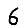
Digit: 6